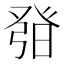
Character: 𤼰